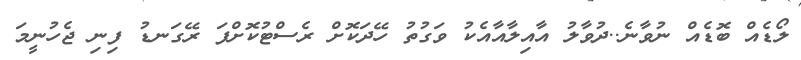
ލޯޑެއް ބޮޑެއް ނުވާނެ..ދުވާލު އާއިލާއާއެކު ވަގުތު ހޭދަކޮށް ރެސްޓުކޮށްފަ ރޭގަނޑު ފިނި ޖެހުނީމަ